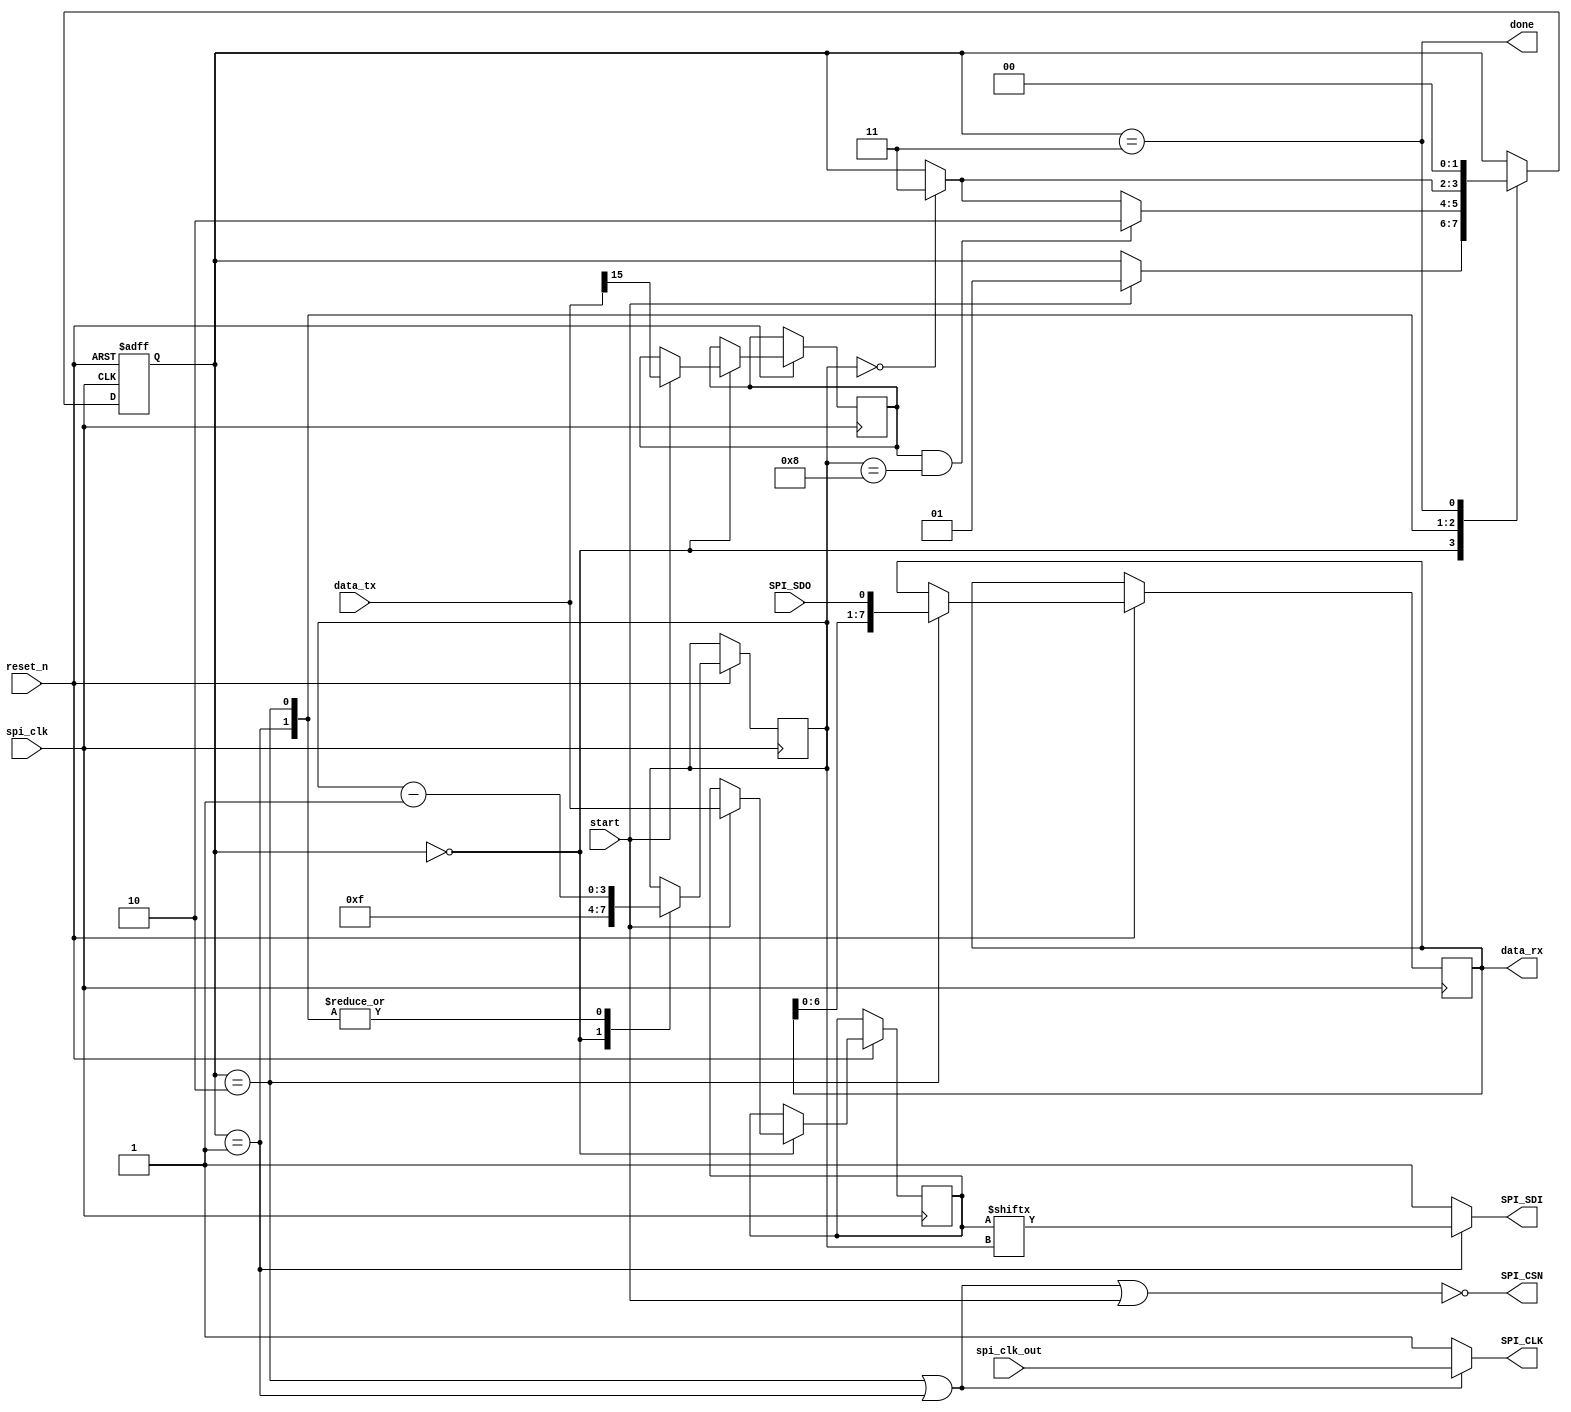
module spi_serdes(
        // Host side signals
        input                       reset_n,
        input                       spi_clk,
        input                       spi_clk_out,
        input       [15:0]          data_tx,
        input                       start,
        output                      done,
        output reg  [7:0]           data_rx,
        // SPI side signals
        output                      SPI_SDI,
        input                       SPI_SDO,
        output                      SPI_CSN,
        output                      SPI_CLK
    );

//=======================================================
//  REG/WIRE declarations
//=======================================================
//
// State Encodings
localparam  IDLE = 0; // Wait for start.
localparam WRITE = 1; // Write out data.
localparam  READ = 2; // Read data.
localparam STALL = 3; // Stall for 1 cycle while asserting "done"

reg [1:0]  state = IDLE;
reg [3:0]  count;
reg [15:0] data_tx_reg;
reg read;

wire spi_active;
assign spi_active = (state == READ || state == WRITE);

// Chip select
assign SPI_CSN = ~(spi_active || start);
// SPI CLK
assign SPI_CLK = spi_active ? spi_clk_out : 1'b1;
// SPI Data. Hold high if not writing.
assign SPI_SDI = (state == WRITE) ? data_tx_reg[count] : 1'b1;
// Signal to higher level module that transaction is complete.
assign done    = (state == STALL);

/* Theory of operation:
*
* - Wait in the idle state until the "start" signal is asserted.
* - Capture the contents of the TX input.
* - Capture the upper most bit of the TX input. If it is '1', this is a read
*       operation and expect to receive 8 bits from the secondary.
*
*       On the otherhand, if it is a '0', this is a read operation and thus
*       the first 8 bits of TX data is an address, and the lower 8 bits are
*       data.
*
* - Write out the first 8 bits. If reading, switch to the read state and
*       shift in 8 bits of read data. Otherwise, write out the last 8 bits.
*
* - Branch to a STALL state to assert the "done" signal before returning
*       to IDLE. Unfortunately necessary for timing at a higher level.
*/

always @(posedge spi_clk or negedge reset_n) begin
    if (reset_n == 1'b0) begin
        state <= IDLE;
    end else begin
        case (state)
            IDLE : begin
                count <= 4'hf;
                if (start) begin
                    read        <= data_tx[15];
                    data_tx_reg <= data_tx;
                    state       <= WRITE;
                end
            end

            WRITE : begin
                // Decrement event counter
                count <= count - 4'b0001;
                // If reading and we're writing the last bit
                // Stay here if performing a write. Otherwise, branch to the
                // READ state.
                if (read && (count == 8)) begin
                    state <= READ;
                end else if (count == 0) begin
                    state <= STALL;
                end
            end

            READ : begin
                // Decrement event counter
                count <= count - 4'b0001;
                // Shift in data
                data_rx <= {data_rx[6:0],SPI_SDO};
                if (count == 0) begin
                    state <= STALL;
                end
            end
            // One clock cycle idle state.
            STALL: state <= IDLE;
        endcase
    end
end

endmodule